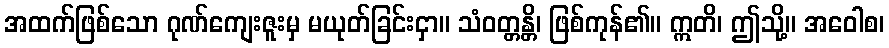
အထက်ဖြစ်သော ဂုဏ်ကျေးဇူးမှ မယုတ်ခြင်းငှာ။ သံဝတ္တန္တိ၊ ဖြစ်ကုန်၏။ ဣတိ၊ ဤသို့။ အဝေါစ၊